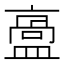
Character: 𥂡